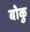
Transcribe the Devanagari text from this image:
बोकु